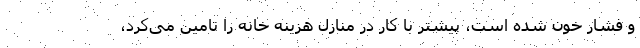
و فشار خون شده است، پیشتر با کار در منازل هزینه خانه را تامین می‌کرد،